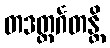
တဒတ္ထင်္ဂတန္တိ